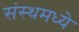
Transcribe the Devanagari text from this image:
संस्थमध्ये